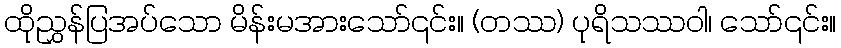
ထိုညွှန်ပြအပ်သော မိန်းမအားသော်၎င်း။ (တဿ) ပုရိသဿဝါ၊ သော်၎င်း။